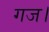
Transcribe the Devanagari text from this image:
गज।